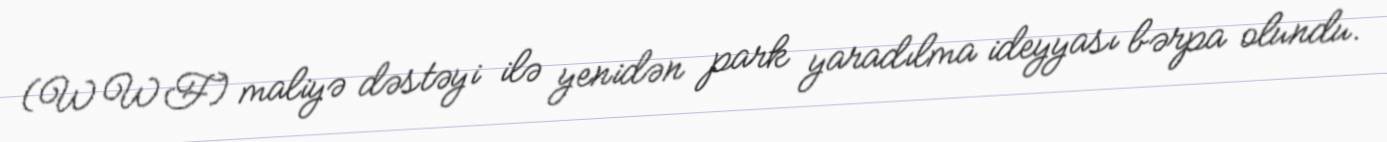
(WWF) maliyə dəstəyi ilə yenidən park yaradılma ideyyası bərpa olundu.